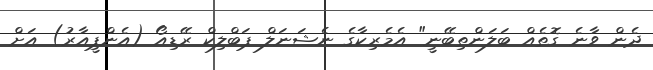
ދެން ވާނެ ގޮތެއް ބަލަންތިބޭނީ" އެމެރިކާގެ ނެޝަނަލް ޕަބްލިކް ރޭޑިއޯ (އެންޕީއާރު) އަށް